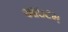
આઇટમ